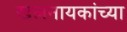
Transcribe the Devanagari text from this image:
खलनायकांच्या